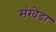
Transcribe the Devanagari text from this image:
संखेडा